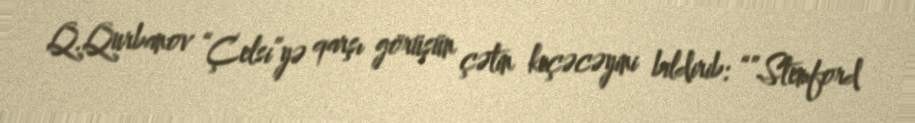
Q.Qurbanov “Çelsi”yə qarşı görüşün çətin keçəcəyini bildirib: “”Stemford